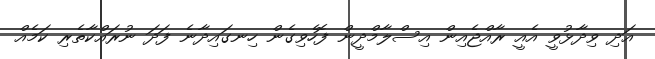
އަދި ވިދާޅުވީ އެއީ ރާއްޖެއިން އިސްލާމްދީން ފޮހެވިގެން ހިނގައިދާނެ ފަދަ ނުރައްކާތެރި ކަމެއް